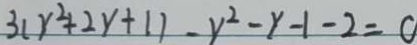
3 ( y ^ { 2 } + 2 y + 1 ) - y ^ { 2 } - y - 1 - 2 = 0